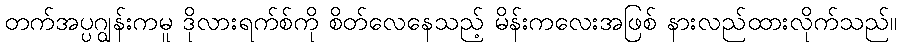
တက်အပ္ပဂျွန်းကမူ ဒိုလားရက်စ်ကို စိတ်လေနေသည့် မိန်းကလေးအဖြစ် နားလည်ထားလိုက်သည်။